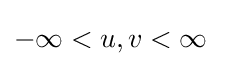
-\infty <u,v<\infty \